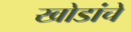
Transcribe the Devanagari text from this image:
खोडांचे